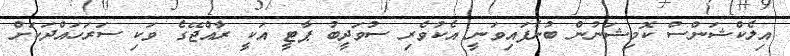
އިލެކްޝަންސް ކޮމިޝަނުން ބުނެފައިވަނީ އެކުވެރި ސުވަދީބު ޕާޓީ އަކީ ރާއްޖޭގެ ވަކި ސަރަހައްދަކަށް